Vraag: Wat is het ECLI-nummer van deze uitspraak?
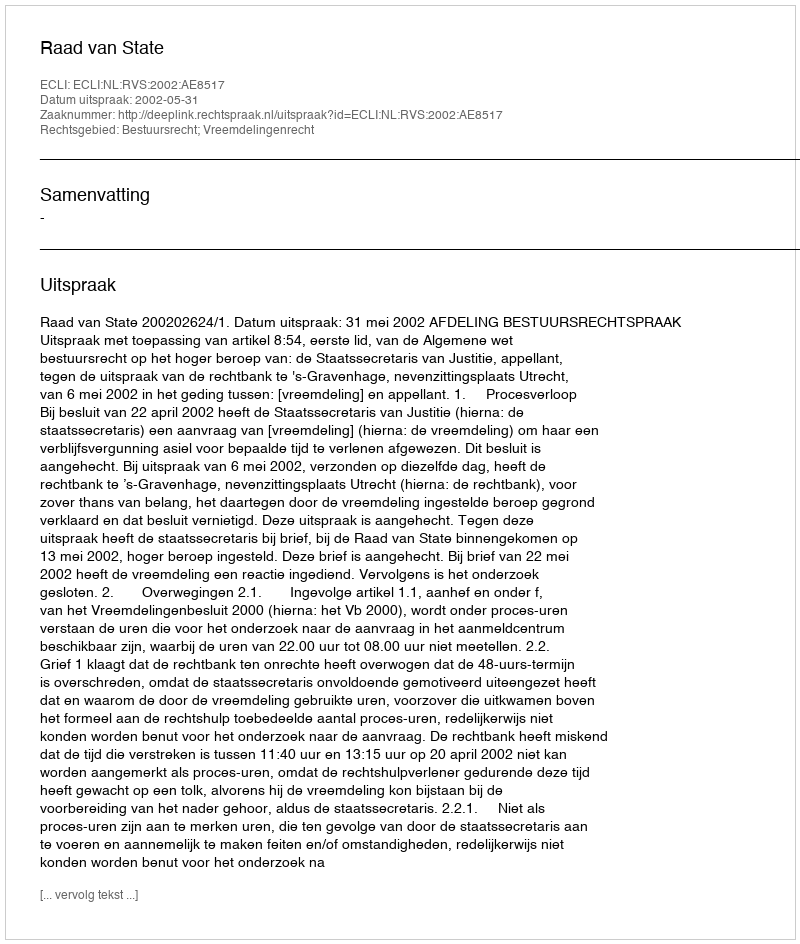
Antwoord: ECLI:NL:RVS:2002:AE8517